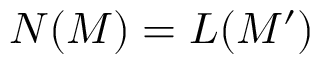
N ( M ) = L ( M ^ { \prime } )